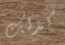
كذلك